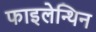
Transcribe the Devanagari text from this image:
फाइलेन्थिन